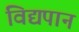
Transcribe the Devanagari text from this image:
विद्यपान